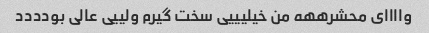
واااای محشرههه من خیلیییی سخت گیرم ولییی عالی بودددد